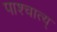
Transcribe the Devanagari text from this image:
पाश्चात्य्